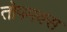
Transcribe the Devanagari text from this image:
तोपमक्स